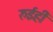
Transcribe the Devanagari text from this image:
रुईही